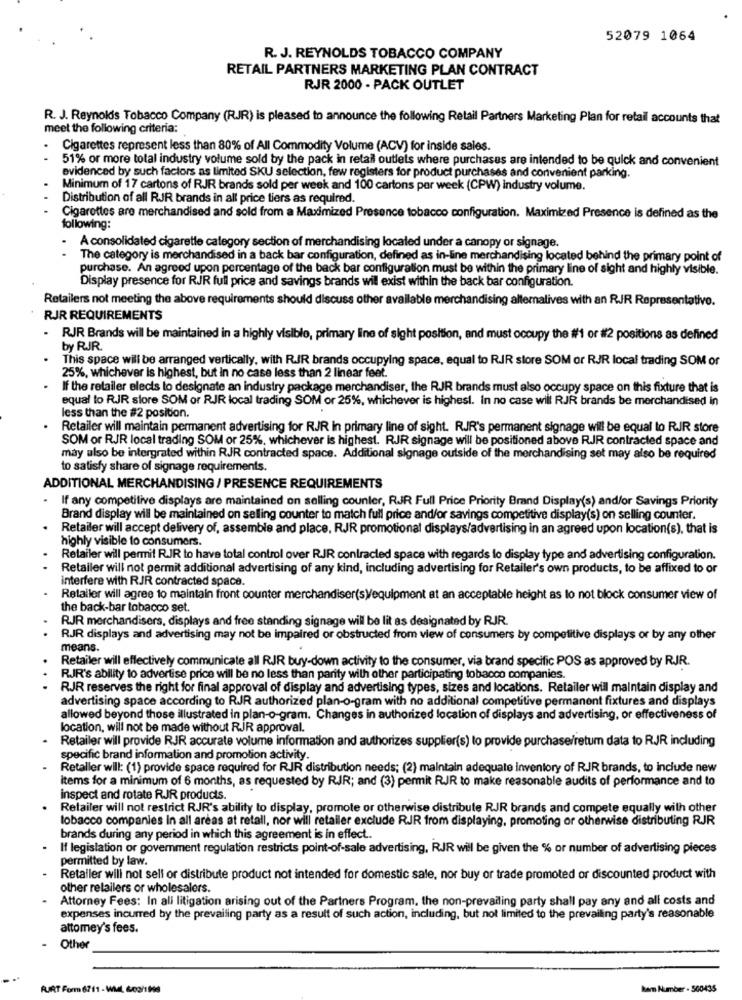
52079 1064
R. J. REYNOLDS TOBACCO COMPANY
RETAIL PARTNERS MARKETING PLAN CONTRACT
RJR 2000 - PACK OUTLET
R. J. Reynolds Tobacco Company (RJJR) is pleased to announce the following Retail Partners Marketing Plan for retail accounts that
meet the following criteria:
Cigarettes represent less than 80% of All Commodity Volume (ACV) for inside sales.
51% or more total industry volume sold by the pack in retail outlets where purchases are intended to be quick and convenient
evidenced by such factors as limited SKU selection, few registers for product purchases and convenient parking.
Minimum of 17 cartons of RJR brands sold per week and 100 cartons per week (CPW) industry volume.
Distribution of all RJR brands in all price tiers as required.
Cigarettes are merchandised and sold from a Maximized Presence tobacco configuration. Maximized Presence is defined as the
following:
A consolidated cigarette category section of merchandising localed under a canopy or signage.
The category is merchandised in a back bar configuration, defined as in-line merchandising located behind the primary point of
purchase. An agreed upon percentage of the back bar configuration must be within the primary line of sight and highly visible.
Display presence for RJR full price and savings brands will exist within the back bar configuration.
Retailers not meeting the above requirements should discuss other available merchandising alternalives with an RJR Representative.
RJR REQUIREMENTS
- RJR Brands will be maintained in a highly visible, primary line of sight position, and must occupy the #1 or #2 positions as defined
by RJR.
This space will be arranged vertically, with RIR brands occupying space, equal to RIR store SOM or RJR local trading SOM or
25%, whichever is highest, but in no case less than 2 linear feet.
If the retailer elecis to designate an industry package merchandiser, the RJR brands must also occupy space on this fixture that is
equal to RJR store SOM or RJR local trading SOM or 25%, whichever is highest. In no case will RJR brands be merchandised in
less than the #2 position.
Retailer will maintain permanent advertising for RJR in primary line of sight. RIR's permanent signage will be equal to RIR store
SOM or RJR local trading SOM or 25%, whichever is highest. RJR signage will be positioned above RJR contracted space and
may also be intergrated within RJR contracted space. Additional signage outside of the merchandising set may also be required
to satisfy share of signage requirements.
ADDITIONAL MERCHANDISING / PRESENCE REQUIREMENTS
If any competitive displays are maintained on selling counter, RJR Full Price Priority Brand Display(s) and/or Savings Priority
Brand display will be maintained on selling counter to match full price and/or savings competitive display(s) on selling counter.
Retailer will accept delivery of, assemble and place, RJR promotional displays/advertising in an agreed upon location(s), that is
highly visible to consumers.
Retailer will permit RJR to have total control over RIR contracted space with regards to display type and advertising configuration.
..
Retailer will not permit additional advertising of any kind, including advertising for Retailer's own products, to be affixed to or
interfere with RJR contracted space.
Retailer will agree to maintain front counter merchandiser(s)/equipment at an acceptable height as to not block consumer view of
the back-bar tobacco set.
RJR merchandisers, displays and free standing signage will be lit as designated by RJR.
RJR displays and advertising may not be impaired or obstructed from view of consumers by competitive displays or by any other
means.
Retailer will effectively communicate all RJR buy-down activity to the consumer, via brand specific POS as approved by RJR.
RJR's ability to advertise price will be no less than parity with other participating tobacco companies.
RJR reserves the right for final approval of display and advertising types, sizes and locations. Retailer will maintain display and
advertising space according to RJR authorized plan-o-gram with no additional competitive permanent fixtures and displays
allowed beyond those illustrated in plan-o-gram. Changes in authorized location of displays and advertising, or effectiveness of
location, will not be made without RJR approval.
Retailer will provide RJR accurate volume information and authorizes supplier(s) to provide purchase/retum data to RJR including
specific brand information and promotion activity.
Retaller will: (1) provide space required for RJR distribution needs; (2) maintain adequate inventory of RJR brands, to include new
items for a minimum of 6 months, as requested by RJR; and (3) permit RJR to make reasonable audits of performance and to
inspect and rotate RJR products.
Retailer will not restrict RJR's ability to display, promote or otherwise distribute RJR brands and compete equally with other
tobacco companies in all areas at retall, nor will retailer exclude RJR from displaying, promoting or otherwise distributing RJR
brands during any period in which this agreement is in effect ..
If legislation or government regulation restricts point-of-sale advertising, RJR will be given the % or number of advertising pieces
permitted by law.
Retaller will not sell or distribute product not intended for domestic sale, nor buy or trade promoted or discounted product with
other retailers or wholesalers.
Attorney Fees: In all litigation arising out of the Partners Program, the non-prevailing party shall pay any and all costs and
expenses incurred by the prevailing party as a result of such action, including, but not limited to the prevailing party's reasonable
attomey's fees.
Other
FURT Form 6711 - Will, 60a/199
hamm Number . 500435